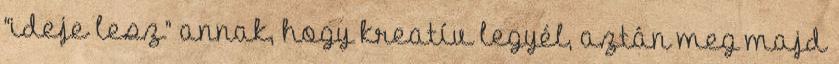
“ideje lesz” annak, hogy kreatív legyél, aztán meg majd